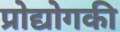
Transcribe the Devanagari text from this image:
प्रोद्योगकी